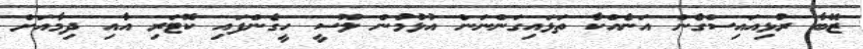
ޒޭބާ ރުޅިއައިސްގެން އަނެއްކާ ތަޅައިގަންނަން އުޅުމުން ލޫސީ ހީގެންފައި ކޮޓަރި އާއި ދިމާއަށް